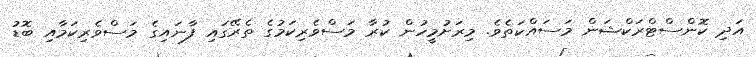
އަދި ކޮންސްޓްރަކްޝަން މަސައްކަތެވެ. މިރަށުމީހުން ކުރާ މަސްވެރިކަމުގެ ތެރޭގައި ފާނައިގެ މަސްވެރިކަމާއި ބޮޑު